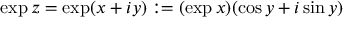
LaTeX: \exp z = \exp ( x + i y ) : = ( \exp x ) ( \cos y + i \sin y )